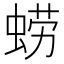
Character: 𮔚